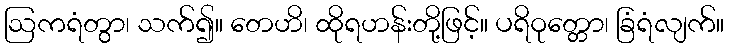
ဩကရံတွာ၊ သက်၍။ တေဟိ၊ ထိုရဟန်းတို့ဖြင့်။ ပရိဝုတ္တော၊ ခြံရံလျက်။